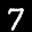
Label: 7